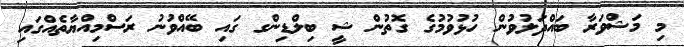
މި މަޝްވަރާ ބައްދަލުވުން ހުޅުވުމުގެ ގޮތުން ޝީ ބިލްޑިންގ ގައި ބޭއްވުނު ރަސްމިއްޔާތެއްގައި